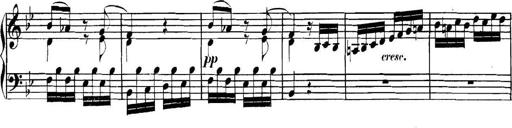
Title: Collected Piano Sonatas
Composer: Muzio Clementi